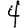
Digit: 4